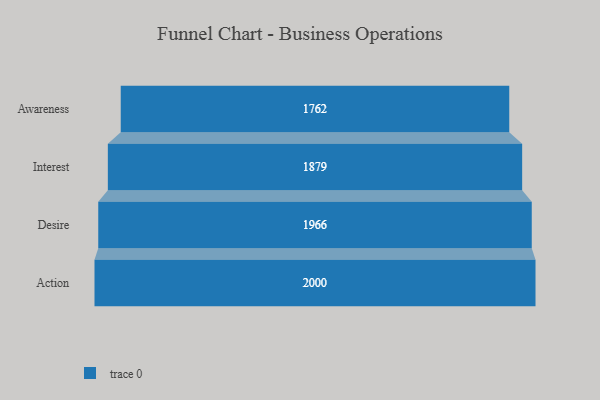
{"axis": {"x": "Stage", "y": "Value"}, "legend": [""], "data": [{"x": "Awareness", "y": 1762.0, "type": ""}, {"x": "Interest", "y": 1879.0, "type": ""}, {"x": "Desire", "y": 1966.0, "type": ""}, {"x": "Action", "y": 2000, "type": ""}]}